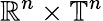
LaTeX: \mathbb{R}^{n}\times\mathbb{T}^{n}